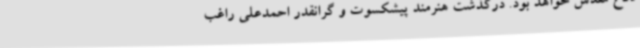
دفاع مقدس خواهد بود. درگذشت هنرمند پیشکسوت و گرانقدر احمدعلی راغب